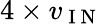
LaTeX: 4\times v_{\mathrm{~I~N~}}